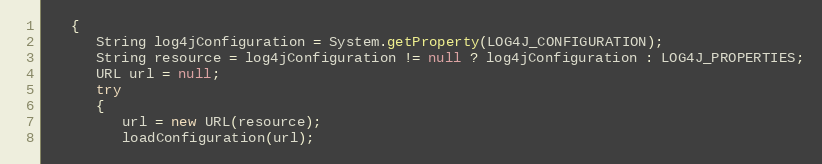
Language: Java
   {
      String log4jConfiguration = System.getProperty(LOG4J_CONFIGURATION);
      String resource = log4jConfiguration != null ? log4jConfiguration : LOG4J_PROPERTIES;
      URL url = null;
      try
      {
         url = new URL(resource);
         loadConfiguration(url);